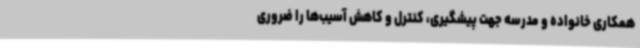
همکاری خانواده و مدرسه جهت پیشگیری، کنترل و کاهش آسیب‌ها را ضروری